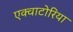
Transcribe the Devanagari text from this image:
एक्वाटोरिया